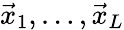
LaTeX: \vec{x}_{1},\ldots,\vec{x}_{L}